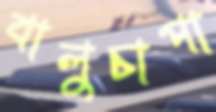
বালুচাপা